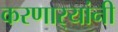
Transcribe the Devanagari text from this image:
करणार्‍यांनी